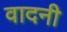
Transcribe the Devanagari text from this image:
वादनी